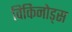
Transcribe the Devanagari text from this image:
विकिनोड्स